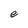
Character: e